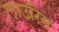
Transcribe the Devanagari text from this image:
लाउरिस